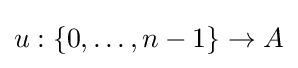
u:\{0,\ldots ,n-1\}\rightarrow A